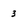
Character: 3